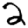
Digit: 2